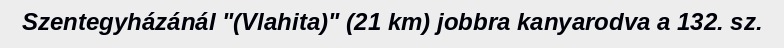
Szentegyházánál "(Vlahita)" (21 km) jobbra kanyarodva a 132. sz.